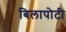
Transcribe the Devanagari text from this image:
बिलापोटी